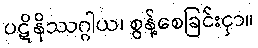
ပဋိနိဿဂ္ဂါယ၊ စွန့်စေခြင်းငှာ။